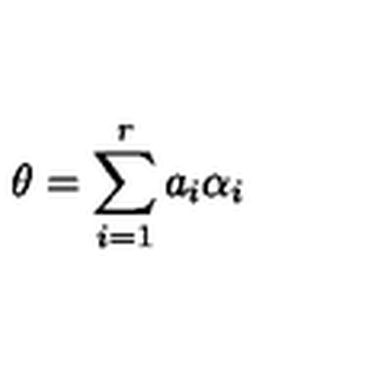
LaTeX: \theta = \sum _ { i = 1 } ^ { r } a _ { i } \alpha _ { i }